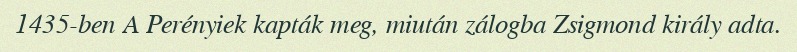
1435-ben A Perényiek kapták meg, miután zálogba Zsigmond király adta.